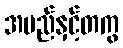
အမည်နှင့်တကွ